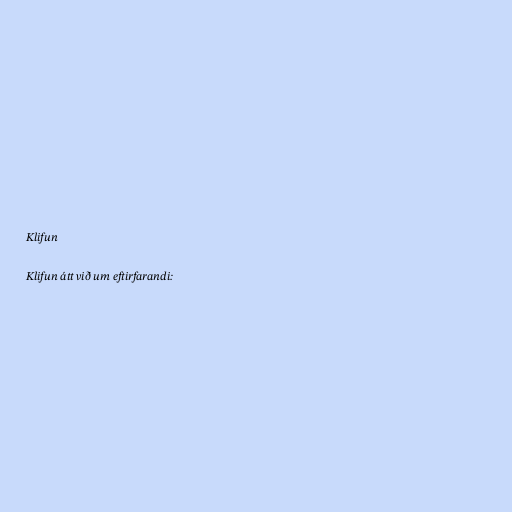
Klifun

Klifun átt við um eftirfarandi: